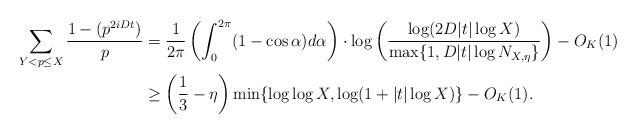
LaTeX: \begin{align*}\sum_{Y < p \leq X} \frac{1-(p^{2iDt})}{p} &= \frac{1}{2\pi} \left(\int_0^{2\pi} (1-\cos \alpha)d\alpha\right) \cdot \log\left(\frac{\log(2D|t| \log X)}{\max\{1, D|t|\log N_{X,\eta}\}}\right) - O_K(1)\\&\geq \left(\frac{1}{3}-\eta\right) \min\{\log\log X, \log(1+|t| \log X)\} - O_K(1).\end{align*}